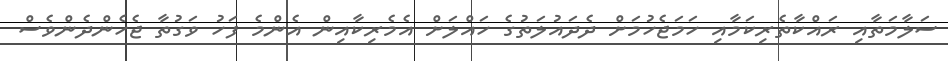
ސަލާމަތާއި ރައްކާތެރިކަމާއި ހަމަޖެހުމަށް ދެދައުލަތުގެ ހައްލަށް އެމެރިކާއިން އެންމެ ފަހު ވަގުތާ ޖެހެންދެންވެސް